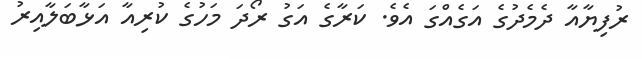
ރުފިޔާއާ ދެމެދުގެ އަގެއްގަ އެވެ. ކަރާގެ އަގު ރޯދަ މަހުގެ ކުރިއާ އަޅާބަލާއިރު